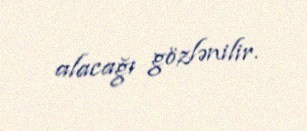
alacağı gözlənilir.